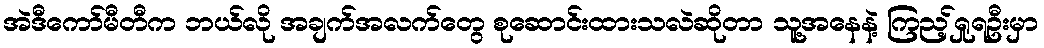
အဲဒီကော်မီတီက ဘယ်လို အချက်အလက်တွေ စုဆောင်းထားသလဲဆိုတာ သူ့အနေနဲ့ ကြည့်ရှုရဦးမှာ